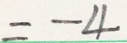
= - 4